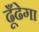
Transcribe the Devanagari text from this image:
ढूँढेगा